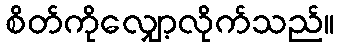
စိတ်ကိုလျှော့လိုက်သည်။